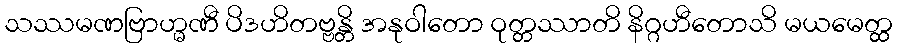
သဿမဏဗြာဟ္မဏီ ပိဒဟိတဗ္ဗန္တိ အနုဝါတော ဝုတ္တဿာတိ နိဂ္ဂဟီတောသိ မယမေတ္ထ